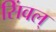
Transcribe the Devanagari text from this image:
सिंवल्